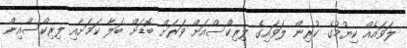
ލަވައެއް ކިޔުމުގެ ކުރިން ލަވައިގެ ލިރިކްސްއަށް ވަރަށް ބޮޑަށް ބަލާ ކަމަށާއި ލިރިކްސްއިން